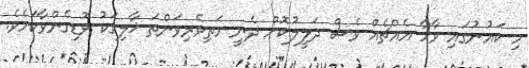
މި ކައުނުގައި ވާހާ އެއްޗެއް ވެސް ދަލީލުކޮށް ދެނީ މަތިވެރިވަންތަ ޚާލިޤަކު ވޮޑިގެންވާކަމެވެ.